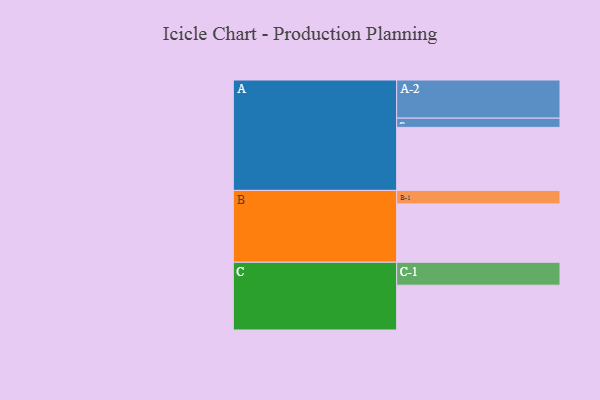
{"axis": {"x": "Segment", "y": "Value"}, "legend": ["", "A", "B", "C"], "data": [{"x": "A", "y": 443, "type": ""}, {"x": "B", "y": 410, "type": ""}, {"x": "C", "y": 315, "type": ""}, {"x": "A-1", "y": 65, "type": "A"}, {"x": "A-2", "y": 268, "type": "A"}, {"x": "B-1", "y": 95, "type": "B"}, {"x": "C-1", "y": 161, "type": "C"}]}